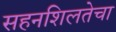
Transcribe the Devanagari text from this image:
सहनशिलतेचा